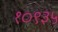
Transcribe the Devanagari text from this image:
१०९३५